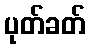
ပုတ်ခတ်